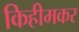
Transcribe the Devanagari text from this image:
किहीमकर